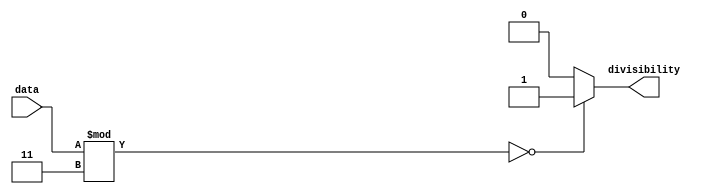
module div_by_3 #(parameter DATA_W = 8)(
	input [DATA_W-1:0] data,
	
	output divisibility
);

	wire [DATA_W-1:0] divider = 8'd3;
	
	assign divisibility = (data % divider == 0) ? 1 : 0; 
	
endmodule